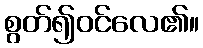
စွတ်၍ဝင်လေ၏။